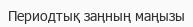
Периодтық заңның маңызы